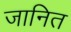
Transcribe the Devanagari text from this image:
जानित